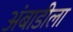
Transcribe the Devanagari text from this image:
अंबाडीला